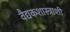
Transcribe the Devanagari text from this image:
वैद्यकशास्त्राशी